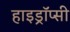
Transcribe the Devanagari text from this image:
हाइड्रॉप्सी